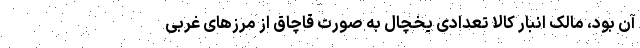
آن بود، مالک انبار کالا تعدادی یخچال به صورت قاچاق از مرزهای غربی